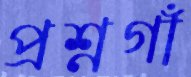
প্রশ্নগাঁ